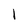
Character: l